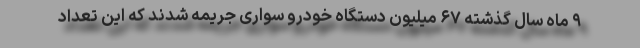
۹ ماه سال گذشته ۶۷ میلیون دستگاه خودرو سواری جریمه شدند که این تعداد